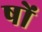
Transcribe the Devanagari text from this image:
षों